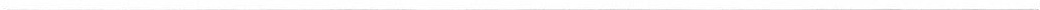
___